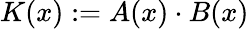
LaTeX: K(x):=A(x)\cdot B(x)